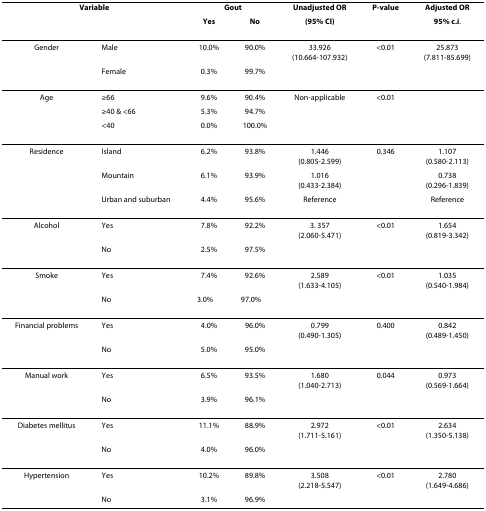
<table><thead><tr><td colspan="2"><b>Variable</b></td><td colspan="2"><b>Gout</b></td><td><b>Unadjusted OR</b></td><td><b>P-value</b></td><td><b>Adjusted OR</b></td></tr><tr><td></td><td></td><td><b>Yes</b></td><td><b>No</b></td><td><b>(95% CI)</b></td><td></td><td><b>95% c.i.</b></td></tr></thead><tbody><tr><td>Gender</td><td>Male</td><td>10.0%</td><td>90.0%</td><td>33.926(10.664-107.932)</td><td>&lt;0.01</td><td>25.873(7.811-85.699)</td></tr><tr><td></td><td>Female</td><td>0.3%</td><td>99.7%</td><td></td><td></td><td></td></tr><tr><td>Age</td><td>≥66</td><td>9.6%</td><td>90.4%</td><td>Non-applicable</td><td>&lt;0.01</td><td></td></tr><tr><td></td><td>≥40 &amp; &lt;66</td><td>5.3%</td><td>94.7%</td><td></td><td></td><td></td></tr><tr><td></td><td>&lt;40</td><td>0.0%</td><td>100.0%</td><td></td><td></td><td></td></tr><tr><td>Residence</td><td>Island</td><td>6.2%</td><td>93.8%</td><td>1.446(0.805-2.599)</td><td>0.346</td><td>1.107(0.580-2.113)</td></tr><tr><td></td><td>Mountain</td><td>6.1%</td><td>93.9%</td><td>1.016(0.433-2.384)</td><td></td><td>0.738(0.296-1.839)</td></tr><tr><td></td><td>Urban and suburban</td><td>4.4%</td><td>95.6%</td><td>Reference</td><td></td><td>Reference</td></tr><tr><td>Alcohol</td><td>Yes</td><td>7.8%</td><td>92.2%</td><td>3. 357(2.060-5.471)</td><td>&lt;0.01</td><td>1.654(0.819-3.342)</td></tr><tr><td></td><td>No</td><td>2.5%</td><td>97.5%</td><td></td><td></td><td></td></tr><tr><td>Smoke</td><td>Yes</td><td>7.4%</td><td>92.6%</td><td>2.589(1.633-4.105)</td><td>&lt;0.01</td><td>1.035(0.540-1.984)</td></tr><tr><td></td><td>No</td><td>3.0%</td><td>97.0%</td><td></td><td></td><td></td></tr><tr><td>Financial problems</td><td>Yes</td><td>4.0%</td><td>96.0%</td><td>0.799(0.490-1.305)</td><td>0.400</td><td>0.842(0.489-1.450)</td></tr><tr><td></td><td>No</td><td>5.0%</td><td>95.0%</td><td></td><td></td><td></td></tr><tr><td>Manual work</td><td>Yes</td><td>6.5%</td><td>93.5%</td><td>1.680(1.040-2.713)</td><td>0.044</td><td>0.973(0.569-1.664)</td></tr><tr><td></td><td>No</td><td>3.9%</td><td>96.1%</td><td></td><td></td><td></td></tr><tr><td>Diabetes mellitus</td><td>Yes</td><td>11.1%</td><td>88.9%</td><td>2.972(1.711-5.161)</td><td>&lt;0.01</td><td>2.634(1.350-5.138)</td></tr><tr><td></td><td>No</td><td>4.0%</td><td>96.0%</td><td></td><td></td><td></td></tr><tr><td>Hypertension</td><td>Yes</td><td>10.2%</td><td>89.8%</td><td>3.508(2.218-5.547)</td><td>&lt;0.01</td><td>2.780(1.649-4.686)</td></tr><tr><td></td><td>No</td><td>3.1%</td><td>96.9%</td><td></td><td></td><td></td></tr></tbody></table>